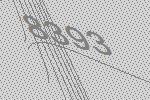
8393